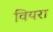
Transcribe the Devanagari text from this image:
वियरा